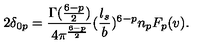
2 \delta _ { 0 p } = { \frac { \Gamma ( { \frac { 6 - p } { 2 } } ) } { 4 \pi ^ { \frac { 6 - p } { 2 } } } } ( { \frac { l _ { s } } { b } } ) ^ { 6 - p } n _ { p } F _ { p } ( v ) .